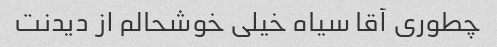
چطوری آقا سیاه خیلی خوشحالم از دیدنت